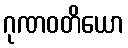
ဂုဏဝတိယော